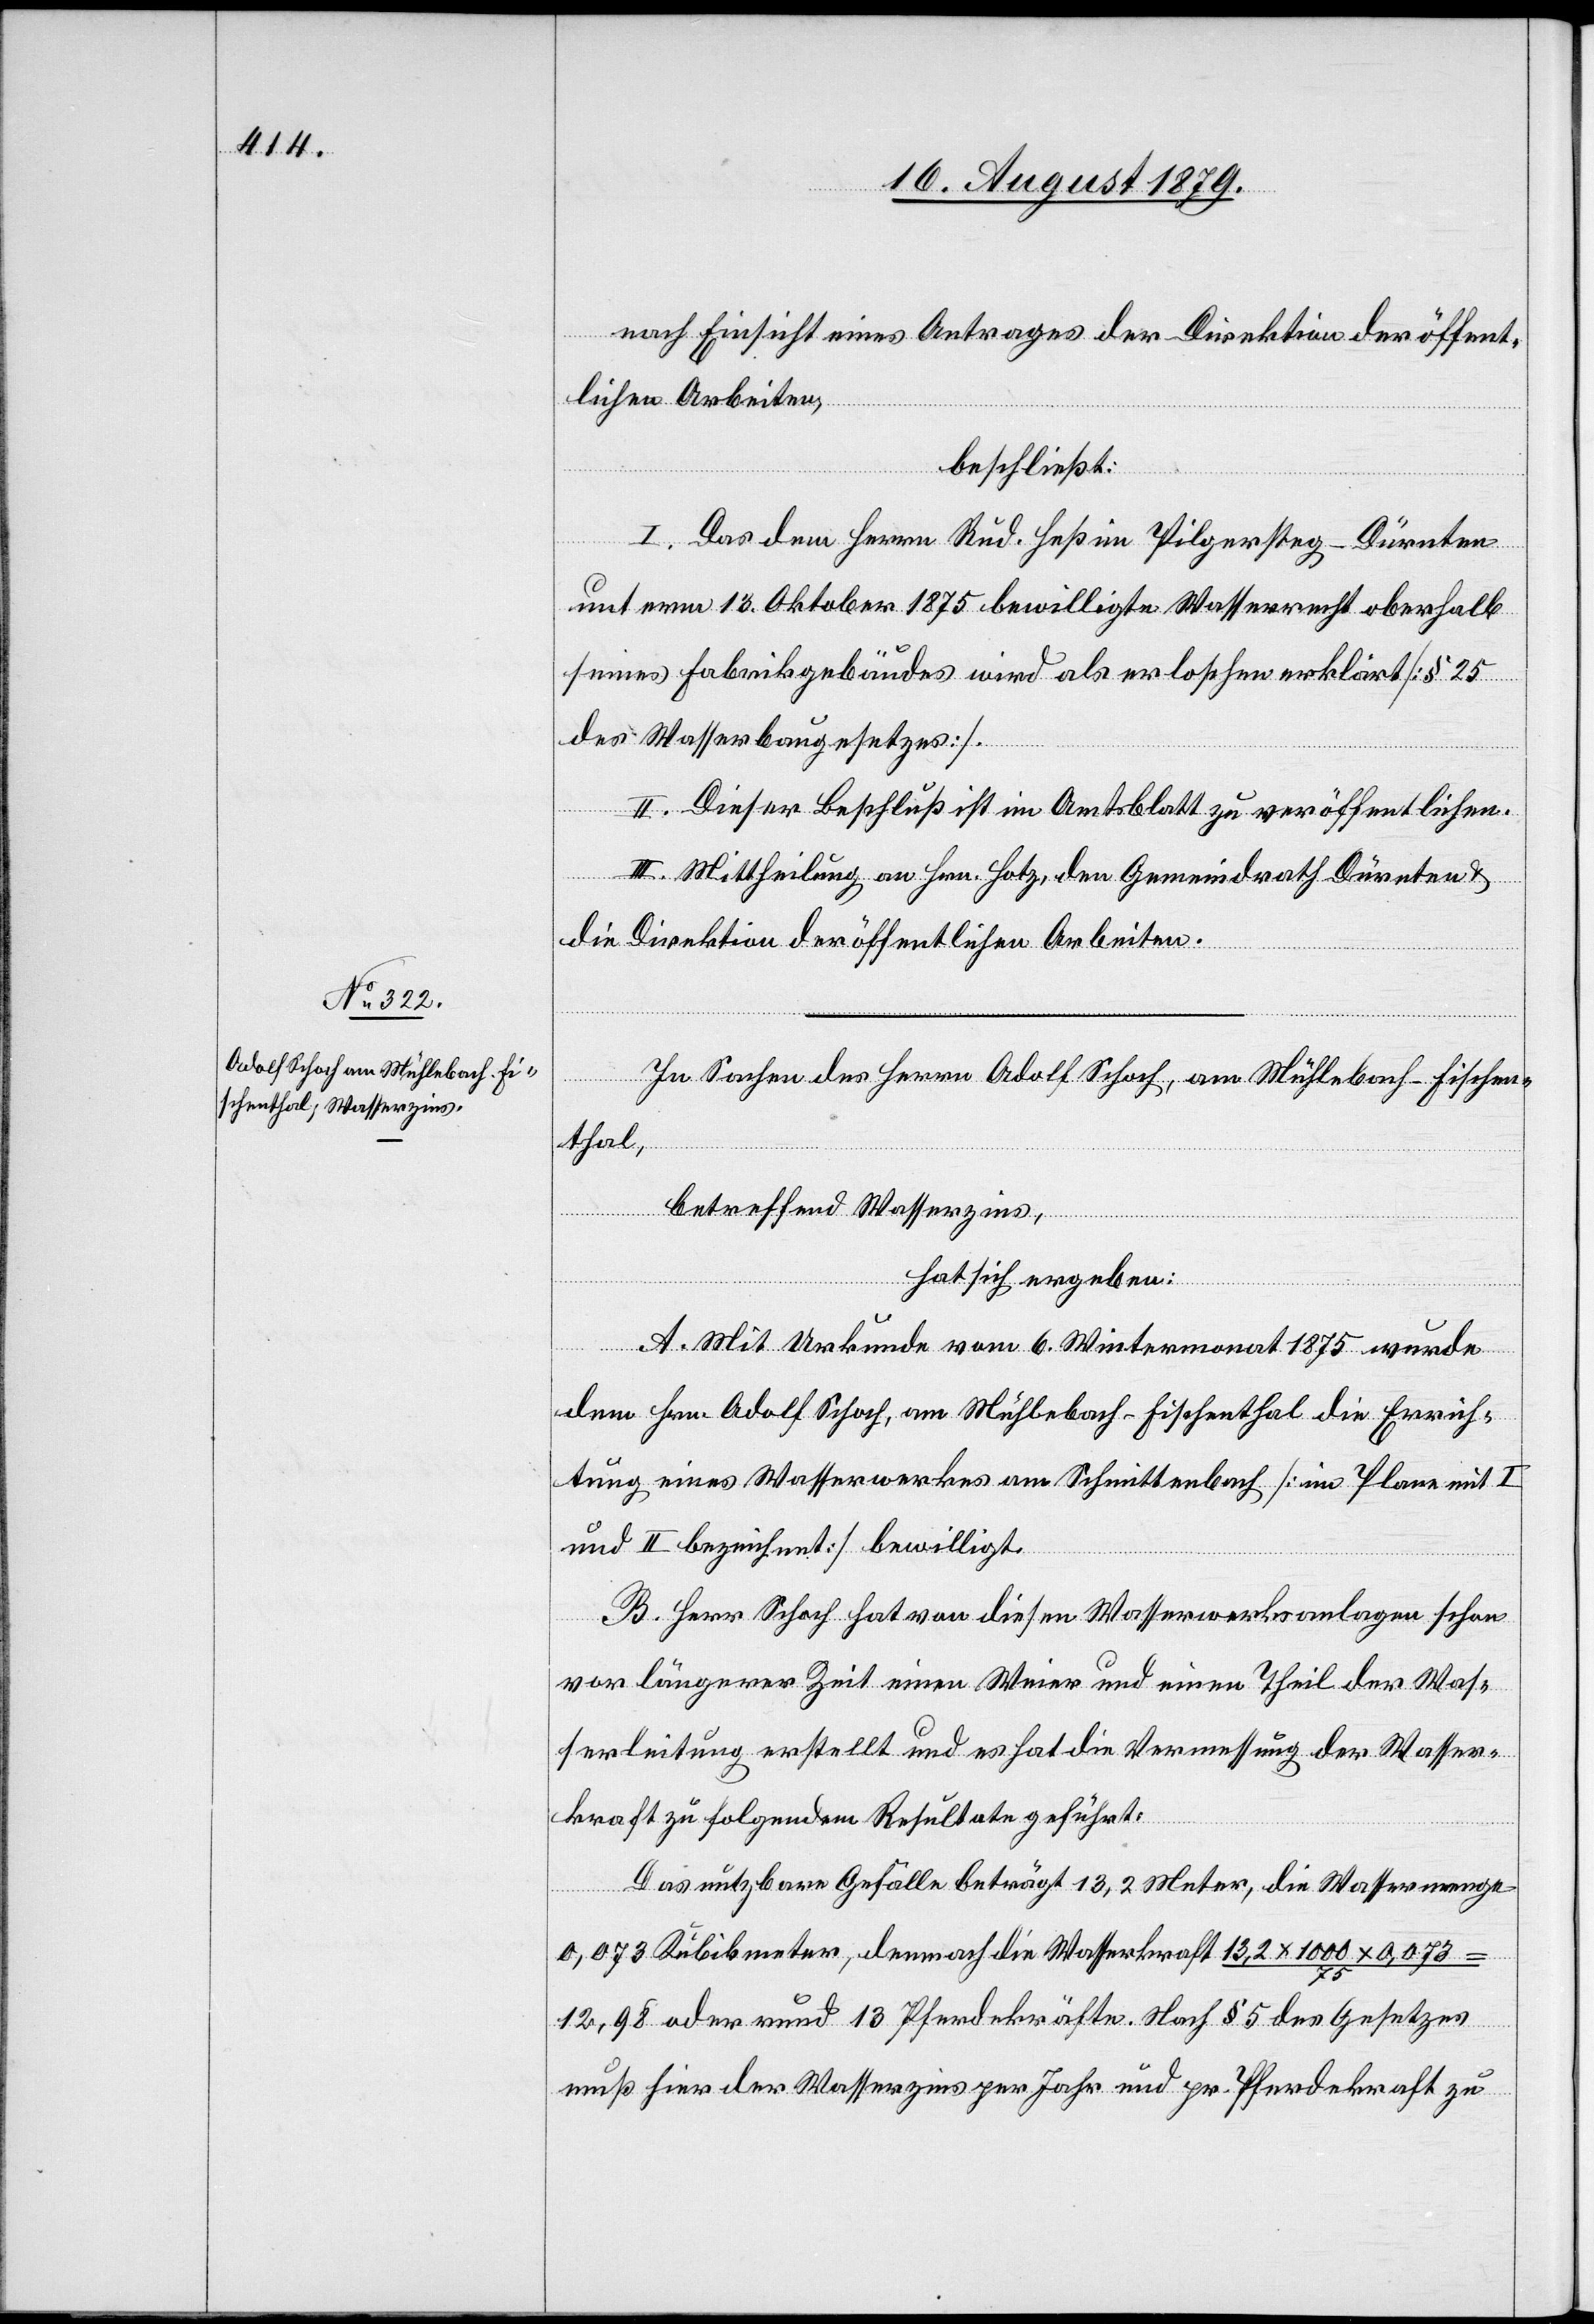
nach Einsicht eines Antrages der Direktion der öffent¬
lichen Arbeiten,
beschließt:
den
I. Das dem Herrn Rud. Heß im Pilgersteg - Dürnten
unterm 13. Oktober 1875 bewilligte Wasserrecht oberhalb
seines Fabrikgebäudes wird als erloschen erklärt [§ 25
des Wasserbaugesetzes].
II. Dieser Beschluß ist im Amtsblatt zu veröffentlichen.
Dürnten &
die Direktion der öffentlichen Arbeiten.
an
In Sachen des Herrn Adolf Schoch, am Mühlebach - Fischen¬
thal,
betreffend Wasserzins,
hat sich ergeben:
A. Mit Urkunde vom 6. Wintermonat 1875 wurde
dem Hrn. Adolf Schoch, am Mühlebach - Fischenthal die Errich¬
tung eines Wasserwerkes am Schmittenbach [im Plane mit I
und II bezeichnet] bewilligt.
B. Herr Schoch hat von diesen Wasserwerksanlagen schon
von längerer Zeit einen Weier und einen Theil der Was¬
serleitung erstellt und es hat die Vermessung der Wasser¬
kraft zu folgendem Resultate geführt:
Das nutzbare Gefälle beträgt 13,2 Meter, die Wassermenge
0,073 Kubikmeter, demnach die Wasserkraft 13,2 x 1000 x 0,073
12,98 oder rund 13 Pferdekräfte. Nach § 5 des Gesetzes
muß hier der Wasserzins per Jahr und pr. Pferdekraft zu